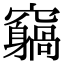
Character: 𥨵